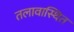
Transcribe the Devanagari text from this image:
तलावास्थित